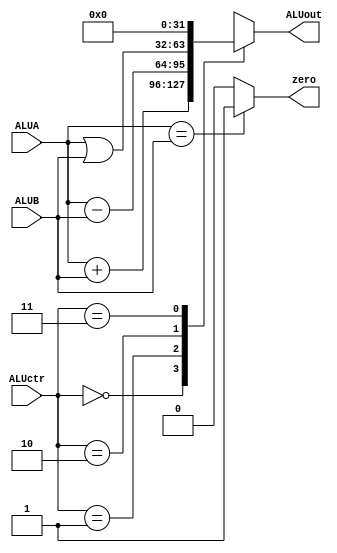
`timescale 1ns / 1ps
//////////////////////////////////////////////////////////////////////////////////
// Company: 
// Engineer: 
// 
// Design Name: 
// Module Name:    ALU 
// Project Name: 
// Target Devices: 
// Tool versions: 
// Description: 
//
// Dependencies: 
//
// Revision: 
// Revision 0.01 - File Created
// Additional Comments: 
//
//////////////////////////////////////////////////////////////////////////////////
module ALU(
		input [31:0] ALUA,
		input [31:0] ALUB,
		input [1:0] ALUctr,
		output reg [31:0] ALUout,
		output reg zero
    );

	
	always @(*) begin
		zero=(ALUA==ALUB)?1:0;
		case(ALUctr)
		2'b00: ALUout=ALUA+ALUB;
		2'b01: ALUout=ALUA-ALUB;
		2'b10: ALUout=ALUA|ALUB;
		2'b11: ALUout=0;
		default: ALUout=0;
		endcase
	end
	
	
	

endmodule